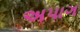
અપાગ